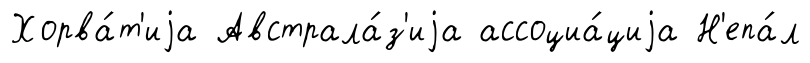
Хорва́т'иjа Австрала́з'иjа ассоциа́циjа Н'епа́л